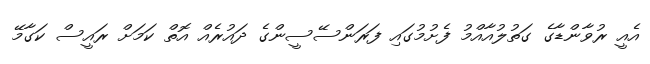
އެއީ ރުވާންޑާގެ ގަތުލުއާއްމު ފެށުމުގައި ފަރަންސޭސީންގެ ދައުރެއް އޮތް ކަމަށް ރައީސް ކަގާމޭ